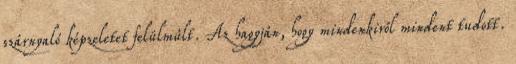
szárnyaló képzele­tet felül­múlt. Az hagyján, hogy mindenkiről mindent tudott.